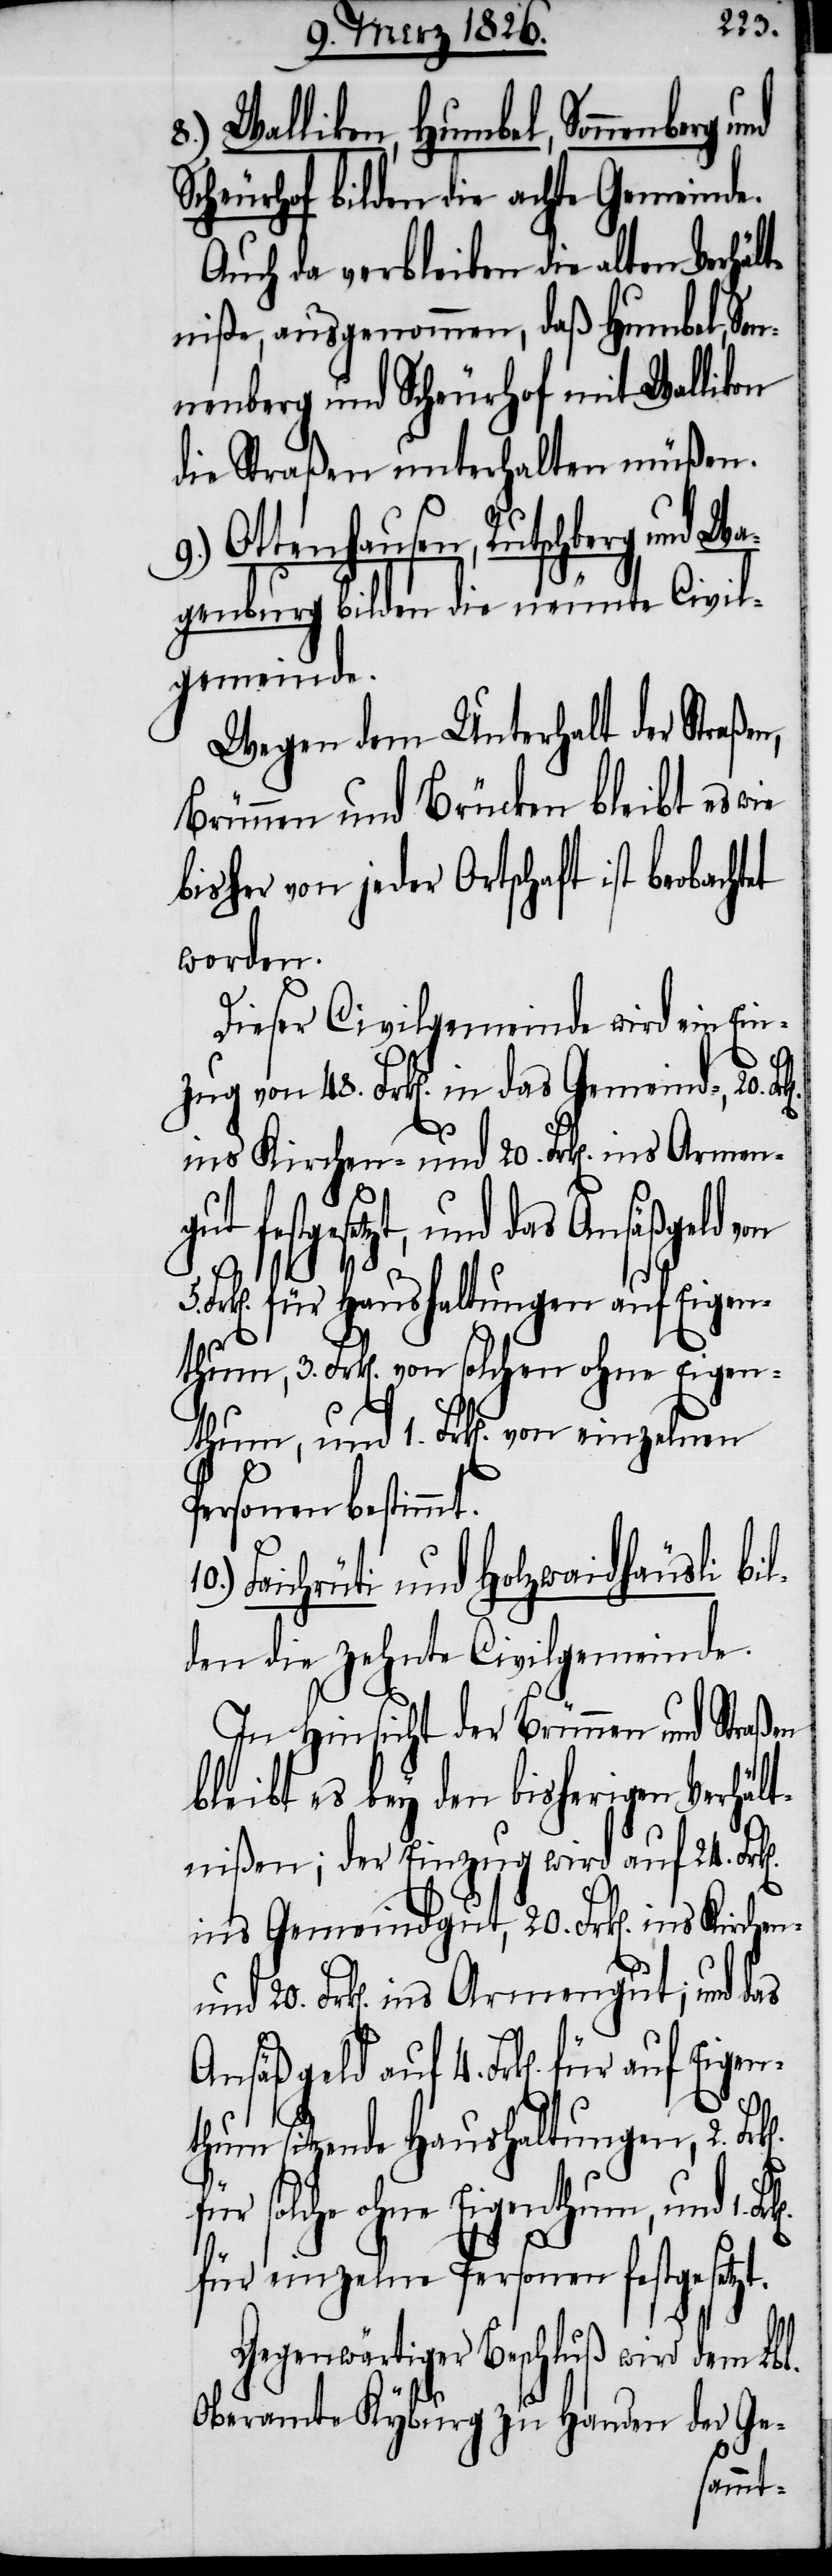
4.
8.) Wallikon, Humbel, Sonnenberg
Scheurhof bilden die achte Gemeinde.
Auch da verbleiben die alten Verhäl¬
tniße, ausgenommen, daß Humbel, Son¬
nenberg und Scheurhof mit Wallikon
die Straßen unterhalten müßen.
9.) Altenhausen, Rutschberg und W¬
agenburg bilden die neunte Civil¬
gemeinde.
Wegen dem Unterhalt der Straßen,
Brünnen und Brücken bleibt es wie
bisher von jeder Ortschaft ist beobacht¬
worden.
Dieser Civilgemeinde wird ein Einz¬
s Kirchen- und 20. Frk[en]. in¬
Frk[en]. für auf Eigen¬
k[en]. für Haushaltungen auf Eigen¬
Personen bestimmt.
Faichrüti und Holzwaidhäusli bil¬
den die zehnte Civilgemeinde.
In Hinsicht der Brünnen und Straßen
bleibt es bey den bisherigen Verhält¬
nißen; der Einzug wird auf 24.
ins Gemeindgut, 20. Frk[en]. in¬
thum sitzende Haushaltungen, 2.
für solche ohne Eigenthum, und 1.
3.
für einzelne Personen festgesetzt.
Gegenwärtiger Beschluß wird dem Lbl.
Oberamte Kyburg zu Handen der Ge-